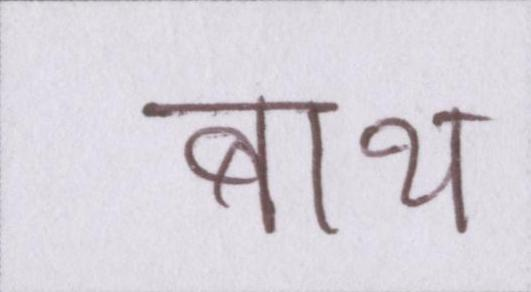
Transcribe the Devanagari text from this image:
बाथ